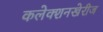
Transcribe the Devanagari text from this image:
कलेक्शनखेरीज